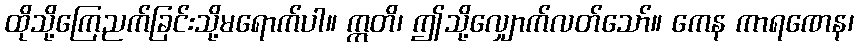
ထိုသို့ကြေညက်ခြင်းသို့မရောက်ပါ။ ဣတိ၊ ဤသို့လျှောက်လတ်သော်။ ကေန ကာရဏေန၊